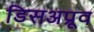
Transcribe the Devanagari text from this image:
डिसअप्रूव